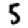
Digit: 5